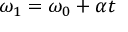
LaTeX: \omega _ { 1 } = \omega _ { 0 } + \alpha t